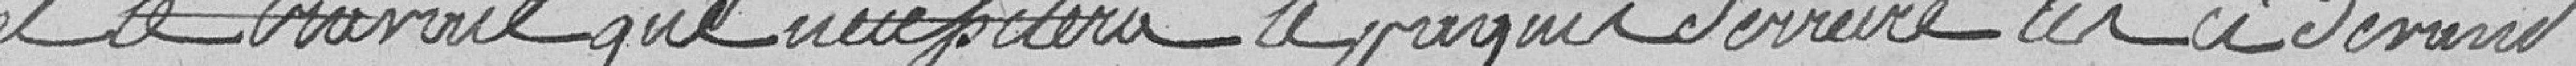
et le travail que nécessitera le parc derrière les ci-devant